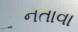
નતાવા